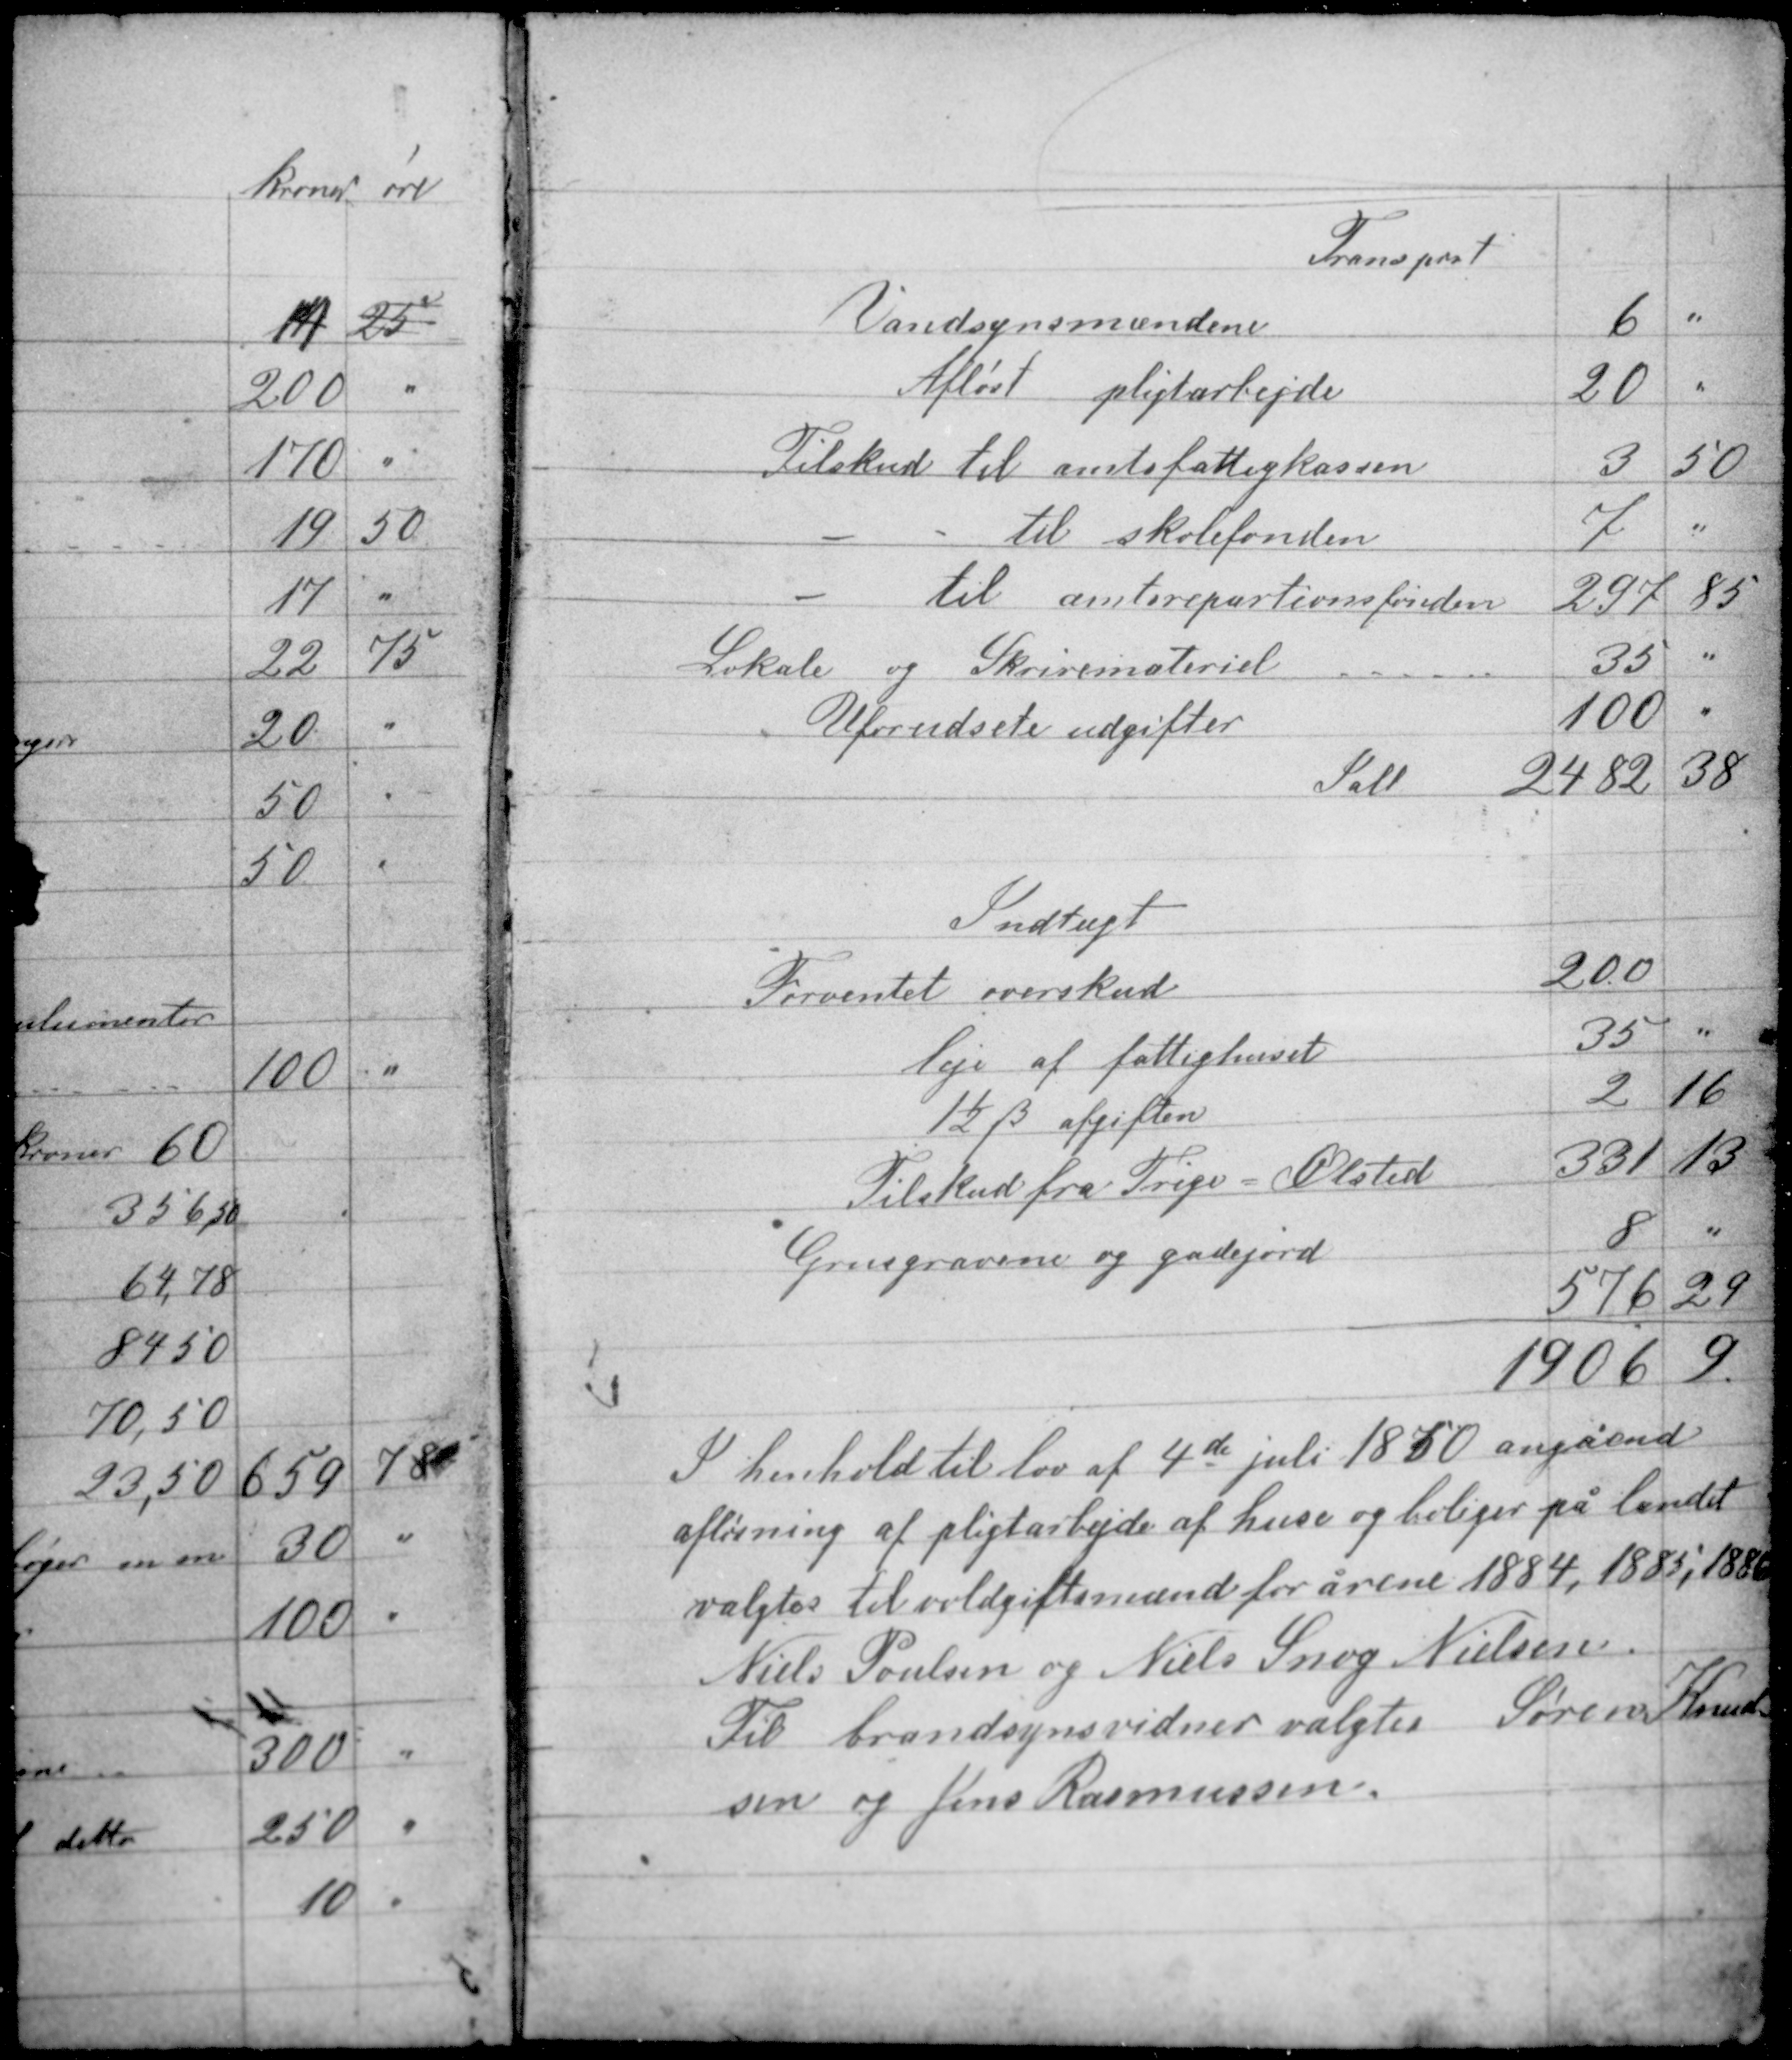
Transskription:
I henhold til lov af 4de juli 1850 angående
afløsning af pligtarbejde af huse og boliger på landet
valgtes til voldgiftsmænd for årene 1884, 1885, 1886
Niels Poulsen og Niels Snog Nielsen
Til brøndsynsvidner valgtes Søren Knud-
sen og Jens Rasmussen